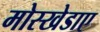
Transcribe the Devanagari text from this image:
मोस्खेडाए